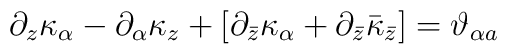
\partial_z  \kappa_\alpha - \partial_\alpha \kappa _z +[\partial_{\bar z} \kappa _\alpha + \partial _{\bar z} \bar \kappa _{\bar z}]= \vartheta_{\alpha a}